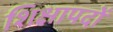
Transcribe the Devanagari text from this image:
शिक्षापदों